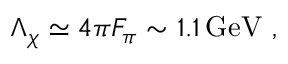
\Lambda _ { \chi } \simeq 4 \pi F _ { \pi } \sim 1 . 1 \, \mathrm { G e V } \ ,